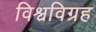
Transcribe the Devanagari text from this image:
विश्वविग्रह